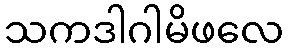
သကဒါဂါမိဖလေ